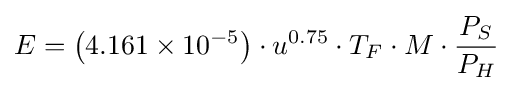
E=\left(4.161\times 10^{-5}\right)\cdot u^{0.75}\cdot T_{F}\cdot M\cdot {\frac {P_{S}}{P_{H}}}